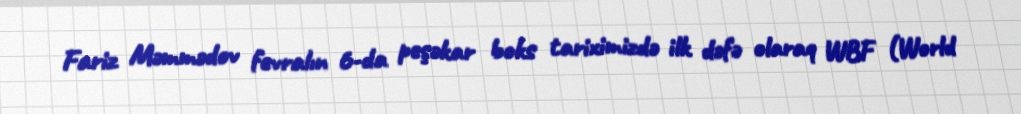
Fariz Məmmədov fevralın 6-da peşəkar boks tariximizdə ilk dəfə olaraq WBF (World